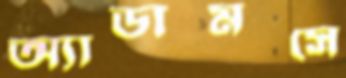
অ্যাডামসে